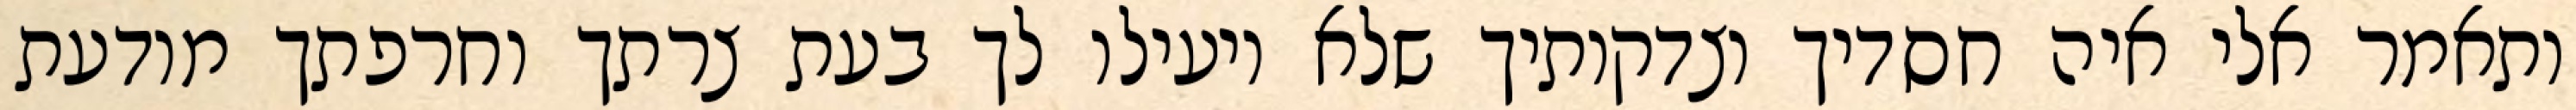
ותאמר אלי איה חסדיך וצדקותיך שלא יועילו לך בעת צרתך וחרפתך מודעת